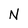
Character: N